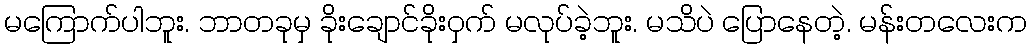
မကြောက်ပါဘူး. ဘာတခုမှ ခိုးချောင်ခိုးဝှက် မလုပ်ခဲ့ဘူး. မသိပဲ ပြောနေတဲ့. မန်းတလေးက